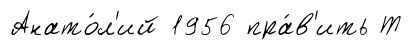
Анато́л'ий 1956 пра́в'ить Т